Senior Leaving Certificate Examination (including Day School Certificate (Higher) General paper), 1947
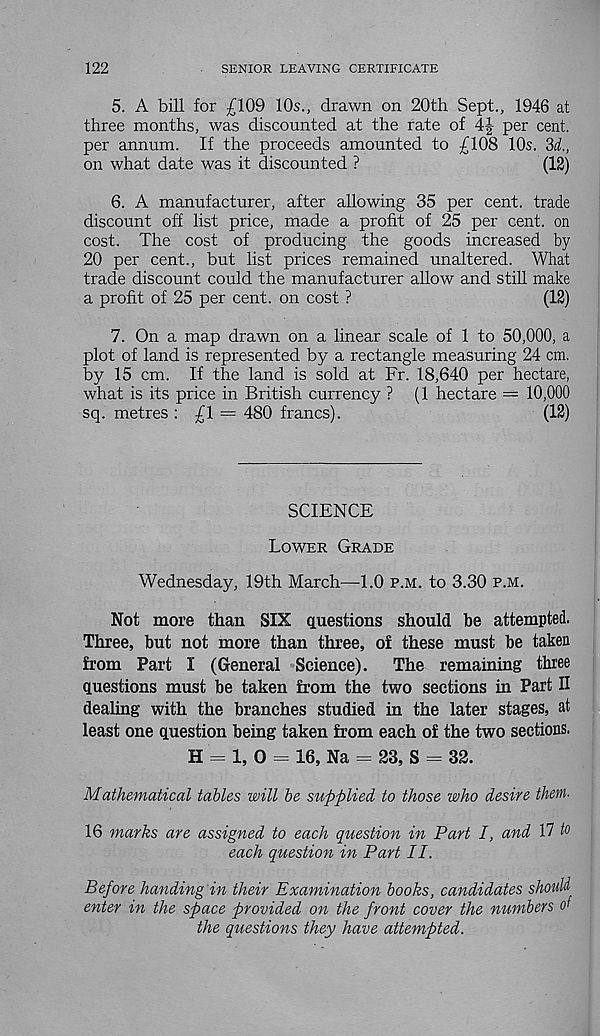
122
SENIOR LEAVING CERTIFICATE
5. A bill for £109 10s., drawn on 20th Sept., 1946 at
three months, was discounted at the rate of 4|- per cent,
per annum. If the proceeds amounted to £108 10s. 3d.,
on what date was it discounted ?
(12)
6. A manufacturer, after allowing 35 per cent, trade
discount off list price, made a profit of 25 per cent, on
cost. The cost of producing the goods increased by
20 per cent., but list prices remained unaltered. What
trade discount could the manufacturer allow and still make
a profit of 25 per cent, on cost ?
(12)
7. On a map drawn on a linear scale of 1 to 50,000, a
plot of land is represented by a rectangle measuring 24 cm.
by 15 cm. If the land is sold at Fr. 18,640 per hectare,
what is its price in British currency ? (1 hectare = 10,000
sq. metres : £1 = 480 francs).
(12)
SCIENCE
Lower Grade
Wednesday, 19th March—-1.0 p.m. to 3.30 p.m.
Not more than SIX questions should be attempted.
Three, but not more than three, ol these must be taken
from Part I (General Science).
The remaining three
questions must be taken from the two sections in Part II
dealing with the branches studied in the later stages, at
least one question being taken from each of the two sections.
H = 1, 0 — 16, Na = 23, S = 32.
Mathematical tables will be supplied to those who desire them.
16 marks are assigned to each question in Part I, and 17 to
each question in Part II.
Before handing in their Examination books, candidates should
enter in the space provided on the front cover the numbers of
the questions they have attempted.